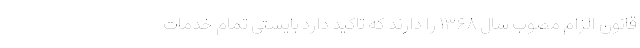
قانون الزام مصوب سال ۱۳۶۸ را دارند که تاکید دارد بایستی تمام خدمات